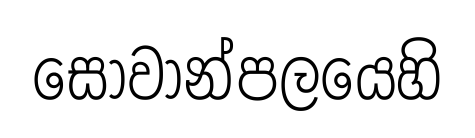
සෝවාන්පලයෙහි